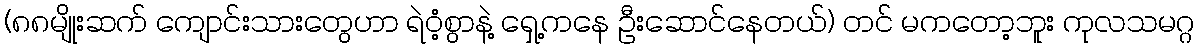
(၈၈မျိုးဆက် ကျောင်းသားတွေဟာ ရဲဝံ့စွာနဲ့ ရှေ့ကနေ ဦးဆောင်နေတယ်) တင် မကတော့ဘူး ကုလသမဂ္ဂ